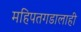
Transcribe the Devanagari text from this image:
महिपतगडालाही